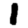
Digit: 1